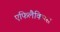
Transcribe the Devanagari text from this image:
एफिलैक्सिस